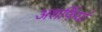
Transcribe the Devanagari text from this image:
अशर्फियां